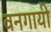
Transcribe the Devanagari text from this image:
वनगायी